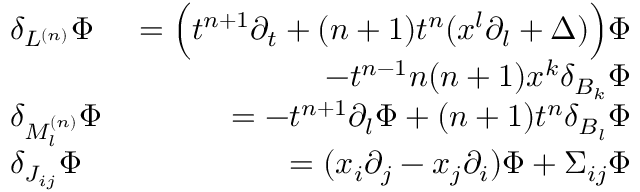
\begin{array} { r l r } & { \delta _ { L ^ { ( n ) } } \Phi } & { = \Big ( t ^ { n + 1 } \partial _ { t } + ( n + 1 ) t ^ { n } ( x ^ { l } \partial _ { l } + \Delta ) \Big ) \Phi } \\ & { \qquad } & { \qquad \qquad \qquad - t ^ { n - 1 } n ( n + 1 ) x ^ { k } \delta _ { B _ { k } } \Phi } \\ & { \delta _ { M _ { l } ^ { ( n ) } } \Phi } & { = - t ^ { n + 1 } \partial _ { l } \Phi + ( n + 1 ) t ^ { n } \delta _ { B _ { l } } \Phi } \\ & { \delta _ { J _ { i j } } \Phi } & { = ( x _ { i } \partial _ { j } - x _ { j } \partial _ { i } ) \Phi + \Sigma _ { i j } \Phi } \end{array}